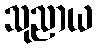
သုညာယ